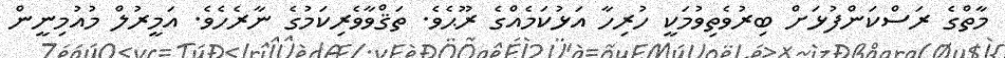
މާތްގެ ރަސްކަންފުޅަށް ބިރުވެތިވުމަކީ ހުރިހާ އަޅުކަމެއްގެ ރޫޙެވެ. ތަޤްވާވެރިކަމުގެ ނާރެހެވެ. އަމީރުލް މުއުމިނީން